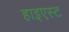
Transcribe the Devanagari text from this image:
हाइएस्ट